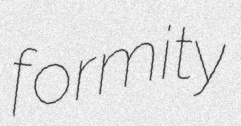
formity